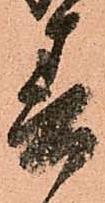
春